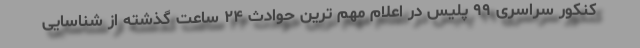
کنکور سراسری ۹۹ پلیس در اعلام مهم ترین حوادث ۲۴ ساعت گذشته از شناسایی